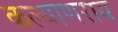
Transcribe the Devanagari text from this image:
कल्याणराय